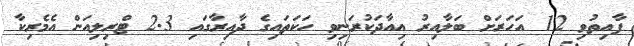
ފާއިތުވި 12 އަހަރަށް ބަލާއިރު އިއާދަކުރަނިވި ހަކަތައިގެ ދާއިރާގައި 2.3 ޓްރިލިއަން އެމެރިކާ